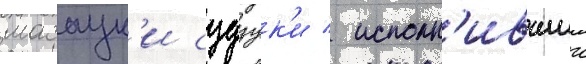
масаук'и судзук'и / исполн'ившии